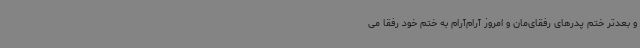
و بعدتر ختم پدرهای رفقای‌مان و امروز آرام‌آرام به ختم خود رفقا می